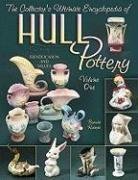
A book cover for The Collector's Ultimate Encyclopedia of Hull pottery, Vol. 1: Identification and Values; Brenda Roberts; Crafts, Hobbies & Home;